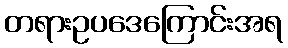
တရားဥပဒေကြောင်းအရ